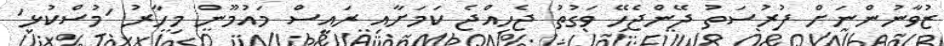
ޒުވާނުންނަށް ފުރުސަތު ދޭންޖެހޭ ވަގުތު ޖެހިއްޖެ ކަމަށާއި ރައީސް މައުމޫން މިހާރު 'މުސްކުޅި'